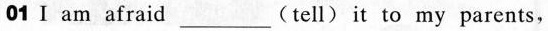
01 I am afraid ___ (tell) it to my parents,